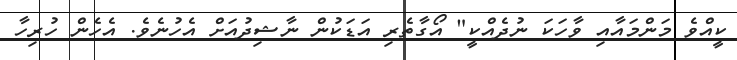
ކީއްވެ މަންމައާއި ވާހަކަ ނުދެއްކީ" އޯގާތެރި އަޑަކުން ނާޝިދުއަށް އެހުނެވެ. އެހެން ހުރިހާ